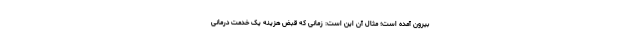
بیرون آمده است؛ مثال آن این است: زمانی که قبض هزینه یک خدمت درمانی